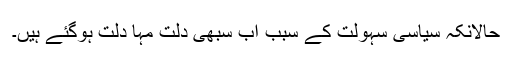
حالانکہ سیاسی سہولت کے سبب اب سبھی دلت مہا دلت ہوگئے ہیں۔